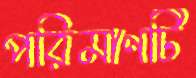
পরিমাণটি